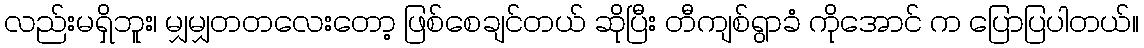
လည်းမရှိဘူး၊ မျှမျှတတလေးတော့ ဖြစ်စေချင်တယ် ဆိုပြီး တီကျစ်ရွာခံ ကိုအောင် က ပြောပြပါတယ်။